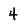
Character: 4